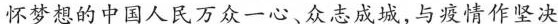
怀梦想的中国人民万众一心、众志成城，与疫情作坚决